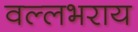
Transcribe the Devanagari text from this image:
वल्‍लभराय